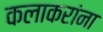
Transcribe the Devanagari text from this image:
कलाकरांना